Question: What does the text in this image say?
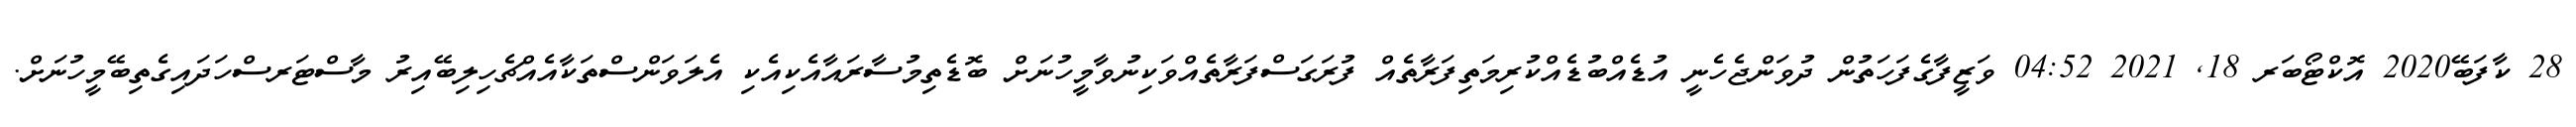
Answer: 28 ކާފަބޭ2020 އޮކްޓޯބަރ 18, 2021 04:52 ވަޒީފާގެފަހަތުން ދުވަންޖެހެނީ އުޑެއްބުޑެއްކުރިމަތިފަރާތެއް ފުރަގަސްފަރާތެއްވަކިނުވާމީހުނަށް ބޮޑެތިމުސާރައާއެކިއެކި އެލަވަންސްތަކާއެއްޗެހިލިބޭއިރު މާސްޓަރސްހަދައިގެތިބޭމީހުނަށް.